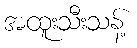
အထူးသီးသန့်